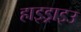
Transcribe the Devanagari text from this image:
हाइड्राइउ